Madras plague regulations and rules - Volume 2
Disease focus: Plague
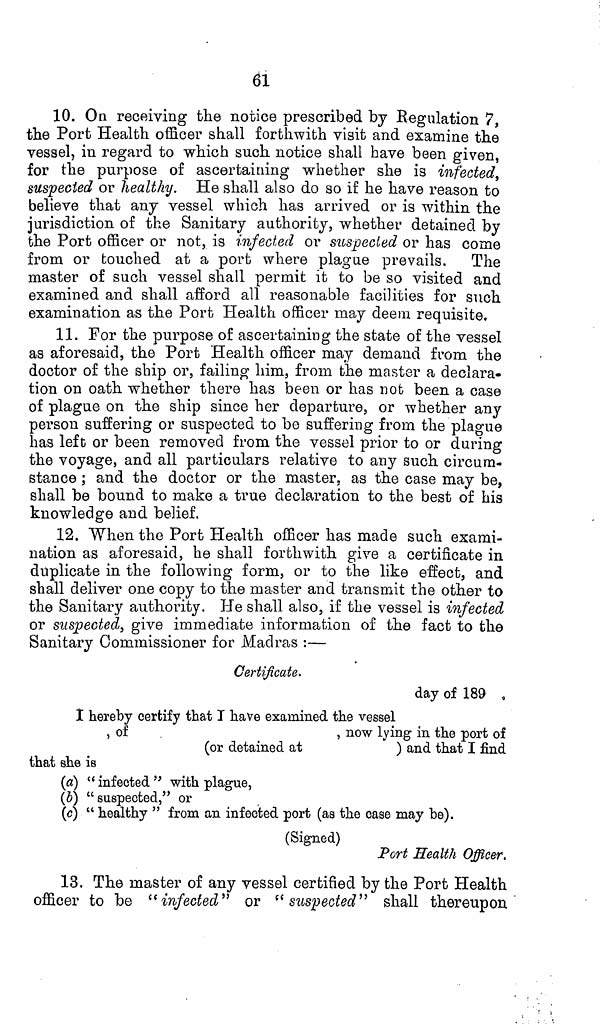
61
10. On receiving the notice prescribed by Regulation 7,
the Port Health officer shall forthwith visit and examine the
vessel, in regard to which such notice shall have been given,
for the purpose of ascertaining whether she is infected,
suspected or healthy. He shall also do so if he have reason to
believe that any vessel which has arrived or is within the
jurisdiction of the Sanitary authority, whether detained by
the Port officer or not, is infected or suspected or has come
from or touched at a port where plague prevails. The
master of such vessel shall permit it to be so visited and
examined and shall afford all reasonable facilities for such
examination as the Port Health officer may deem requisite.
11. For the purpose of ascertaining the state of the vessel
as aforesaid, the Port Health officer may demand from the
doctor of the ship or, failing him, from the master a declara-
tion on oath whether there has been or has not been a case
of plague on the ship since her departure, or whether any
person suffering or suspected to be suffering from the plague
has left or been removed from the vessel prior to or during
the voyage, and all particulars relative to any such circum-
stance ; and the doctor or the master, as the case may be,
shall be bound to make a true declaration to the best of his
knowledge and belief.
12. When the Port Health officer has made such exami-
nation as aforesaid, he shall forthwith give a certificate in
duplicate in the following form, or to the like effect, and
shall deliver one copy to the master and transmit the other to
the Sanitary authority. He shall also, if the vessel is infected
or suspected, give immediate information of the fact to the
Sanitary Commissioner for Madras :—
Certificate,
day of 189
1 hereby certify that I have examined the vessel
of
, now lying in the port of
(or detained at
) and that I find
that she is
(a) " infected " with plague,
(V) " suspected," or
(c) " healthy " from an infected port (as the case may be).
(Signed)
Port Health Officer.
13. The master of any vessel certified by the Port Health
officer to be "infected" or "suspected" shall thereupon